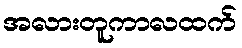
အလားတူကာလထက်